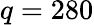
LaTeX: q=280